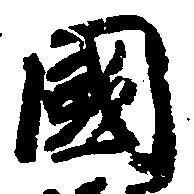
国